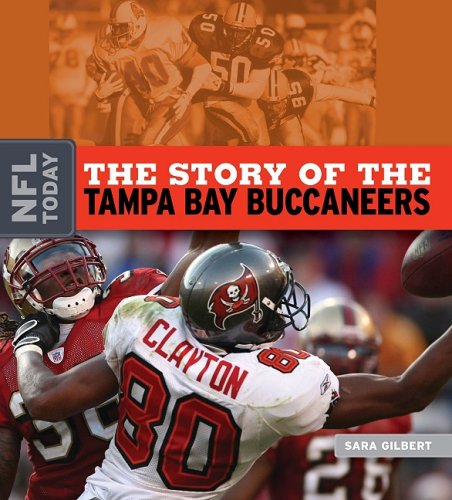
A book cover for The Story of the Tampa Bay Buccaneers (NFL Today (Creative)); Sara Gilbert; Teen & Young Adult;